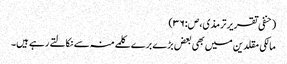
(حنفی تقریر ترمذی،ص:۳۶)
مالکی مقلدین میں بھی بعض بڑے برے کلمے منہ سے نکالتے رہے ہیں۔